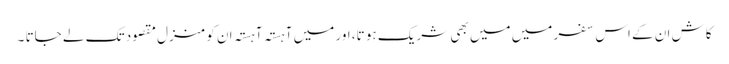
کاش ان کے اس سفر میں میں بھی شریک ہو تا، اور میں آہستہ آہستہ ان کو منزلِ مقصود تک لے جاتا ۔